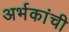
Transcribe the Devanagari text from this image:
अर्भकांची